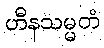
ဟီနသမ္မတံ